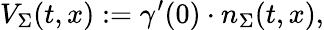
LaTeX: V_{\Sigma}(t,x):=\gamma^{\prime}(0)\cdot n_{\Sigma}(t,x),